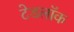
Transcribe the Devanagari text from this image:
टेडलॉक